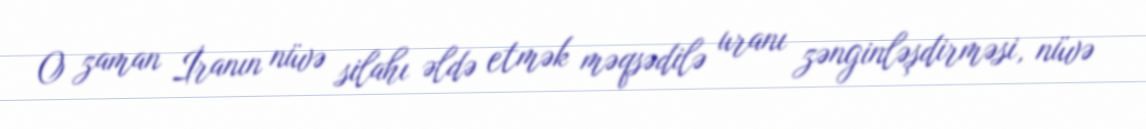
O zaman İranın nüvə silahı əldə etmək məqsədilə uranı zənginləşdirməsi, nüvə